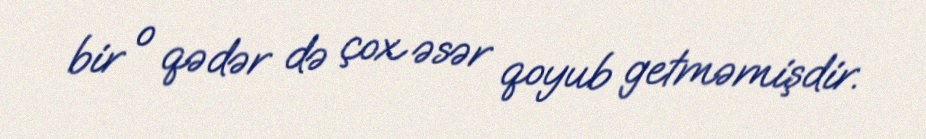
bir o qədər də çox əsər qoyub getməmişdir.